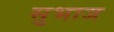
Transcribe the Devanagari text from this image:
सुभाज